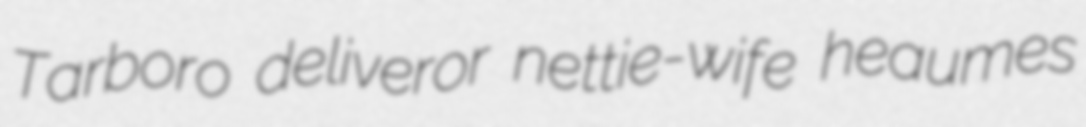
Tarboro deliveror nettie-wife heaumes